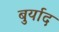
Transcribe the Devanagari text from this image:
बुर्याद